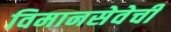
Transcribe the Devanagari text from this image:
विमानसेवेची